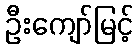
ဦးကျော်မြင့်